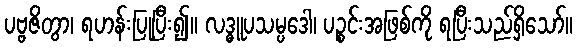
ပဗ္ဗဇိတွာ၊ ရဟန်းပြုပြီး၍။ လဒ္ဓူပသမ္ပဒေါ၊ ပဉ္စင်းအဖြစ်ကို ရပြီးသည်ရှိသော်။